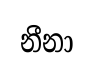
නීනා